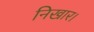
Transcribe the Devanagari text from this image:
निखार।